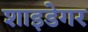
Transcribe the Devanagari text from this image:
शाइडेगर